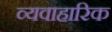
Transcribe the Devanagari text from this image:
व्यवाहारिक